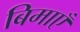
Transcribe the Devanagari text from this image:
बिमाएँ